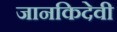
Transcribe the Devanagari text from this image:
जानकिदेवी